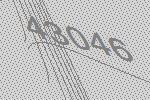
43046